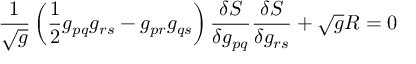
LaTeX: { \frac { 1 } { \sqrt { g } } } \left( { \frac { 1 } { 2 } } g _ { p q } g _ { r s } - g _ { p r } g _ { q s } \right) { \frac { \delta S } { \delta g _ { p q } } } { \frac { \delta S } { \delta g _ { r s } } } + { \sqrt { g } } R = 0